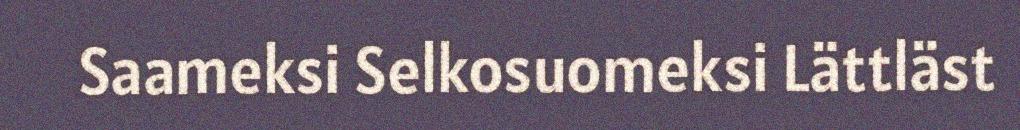
Saameksi Selkosuomeksi Lättläst